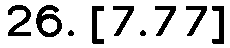
26. [7.77]